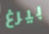
بيرغ